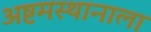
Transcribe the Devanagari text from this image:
अष्टमस्थानाला